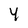
Character: 4